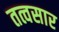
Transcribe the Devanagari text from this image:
तत्वसार